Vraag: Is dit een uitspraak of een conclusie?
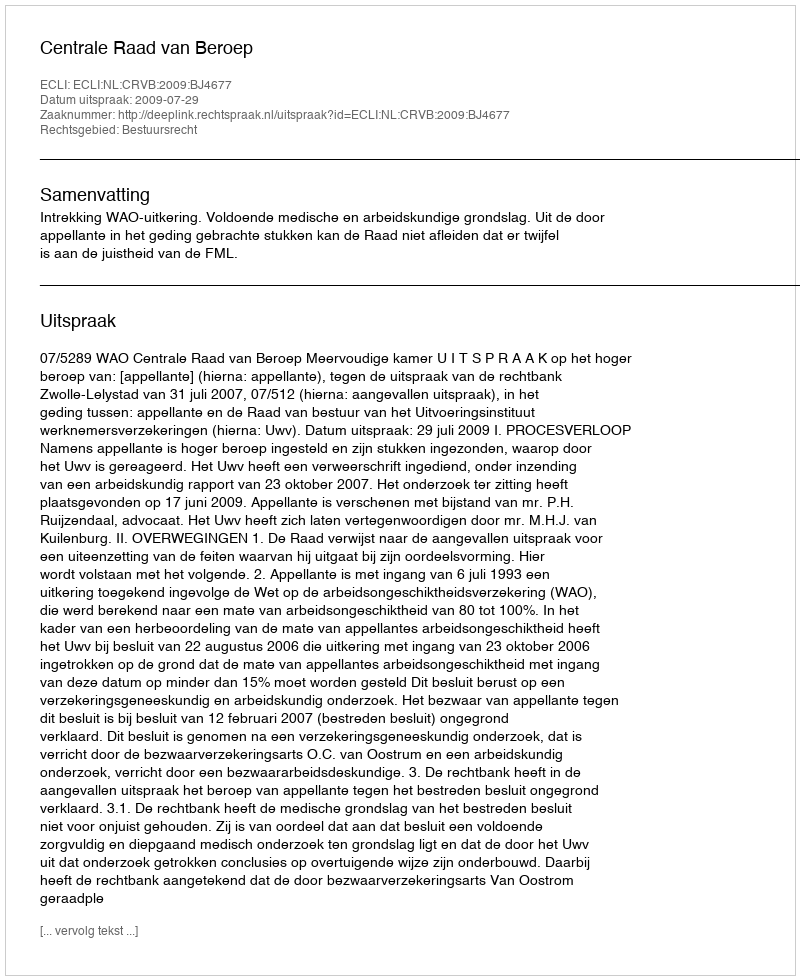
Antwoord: Uitspraak